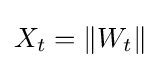
X_{t}=\|W_{t}\|